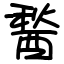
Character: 醔